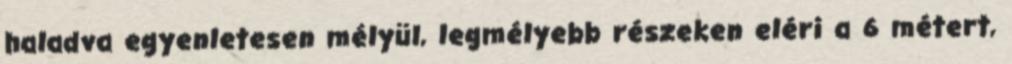
haladva egyenletesen mélyül, legmélyebb részeken eléri a 6 métert,